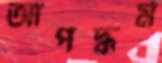
আপদ্‌ধর্ম